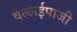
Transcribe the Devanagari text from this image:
वेल्लईपाजी